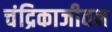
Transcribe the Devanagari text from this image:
चंद्रिकाजीवन